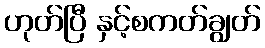
ဟုတ်ပြီ နှင့်စကတ်ချွတ်